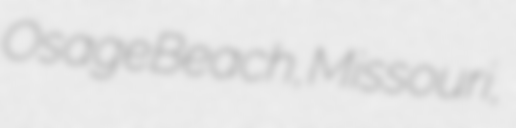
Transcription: Osage Beach, Missouri,